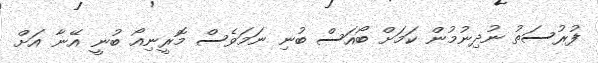
ފުރުސަތު ނުދިނުމުން ކަމަށް ބޯއަސް ބުނި ނަމަވެސް މޮރީނިއޯ ބުނީ އޭނާ އަށް